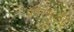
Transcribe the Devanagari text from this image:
फारमूली